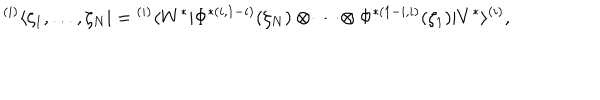
{ } ^ { ( i ) } \langle \zeta _ { 1 } , \ldots , \zeta _ { N } | = { } ^ { ( i ) } \langle W ^ { * } | \Phi ^ { * ( i , 1 - i ) } ( \zeta _ { N } ) \otimes \cdots \otimes \Phi ^ { * ( 1 - i , i ) } ( \zeta _ { 1 } ) | V ^ { * } \rangle ^ { ( i ) } ,